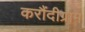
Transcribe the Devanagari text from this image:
करौंदीग्राम